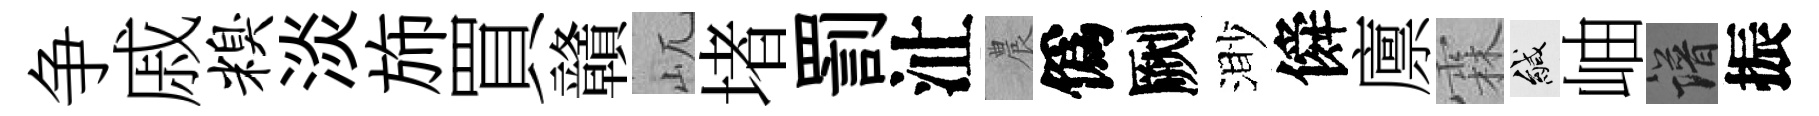
争戚糗淡斾買贛屼堵罰沚農僞劂渺僢廪霖緘岫譜振